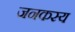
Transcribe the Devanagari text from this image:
जनकस्य